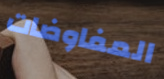
المفاوضات